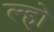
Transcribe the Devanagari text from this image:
ल्हो